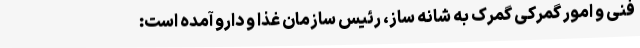
فنی و امور گمرکی گمرک به شانه ساز، رئیس سازمان غذا و دارو آمده است: